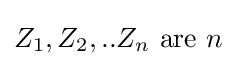
Z_{1},Z_{2},..Z_{n}{\text{ are }}n